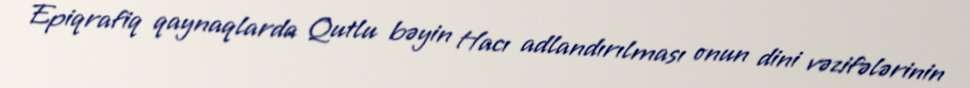
Epiqrafiq qaynaqlarda Qutlu bəyin Hacı adlandırılması onun dini vəzifələrinin